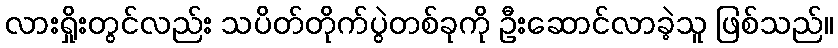
လားရှိုးတွင်လည်း သပိတ်တိုက်ပွဲတစ်ခုကို ဦးဆောင်လာခဲ့သူ ဖြစ်သည်။